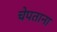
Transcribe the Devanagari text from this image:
चेपताना